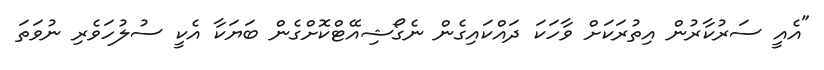
"އެއީ ސަރުކާރުން އިތުރަކަށް ވާހަކަ ދައްކައިގެން ނެގޯޝިއޭޓްކޮށްގެން ބަޔަކާ އެކީ ސުލުހަވެރި ނުވަތަ